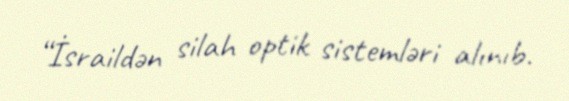
“İsraildən silah optik sistemləri alınıb.